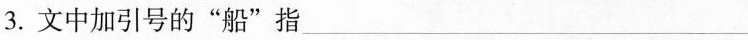
3.文中加引号的”船”指___